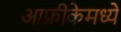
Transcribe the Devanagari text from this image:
आफ्रीकेमध्ये